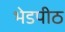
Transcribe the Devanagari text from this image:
भेडपीठ